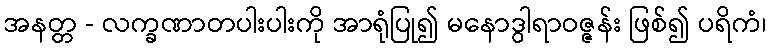
အနတ္တ - လက္ခဏာတပါးပါးကို အာရုံပြု၍ မနောဒွါရာဝဇ္ဇန်း ဖြစ်၍ ပရိကံ၊